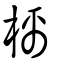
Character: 樆